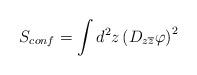
LaTeX: \begin{align*}S_{conf}=\int d^2z\left( D_{z\overline{z}}\varphi \right) ^2\end{align*}